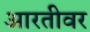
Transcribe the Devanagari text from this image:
आरतीवर